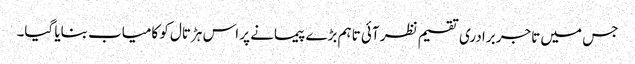
جس میں تاجر برادری تقسیم نظر آئی تاہم بڑے پیمانے پر اس ہڑتال کو کامیاب بنایا گیا۔